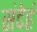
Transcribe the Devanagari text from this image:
संदेहं